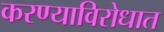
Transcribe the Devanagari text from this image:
करण्याविरोधात